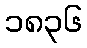
၁၈၃၆